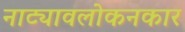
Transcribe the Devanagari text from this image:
नाट्यावलोकनकार